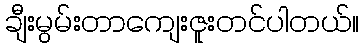
ချီးမွမ်းတာကျေးဇူးတင်ပါတယ်။